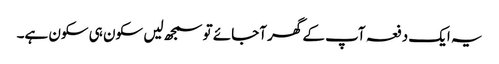
یہ ایک دفعہ آپ کے گھر آجائے تو سمجھ لیں سکون ہی سکون ہے۔